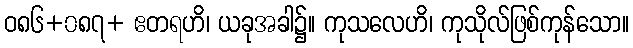
ဝ၈၆+၀၈၇+ ဧတရဟိ၊ ယခုအခါ၌။ ကုသလေဟိ၊ ကုသိုလ်ဖြစ်ကုန်သော။